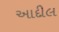
આદીલ